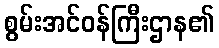
စွမ်းအင်ဝန်ကြီးဌာန၏